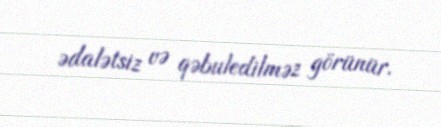
ədalətsiz və qəbuledilməz görünür.